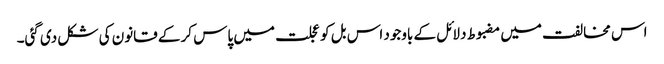
اس مخالفت میں مضبوط دلائل کے باوجود اس بل کو عجلت میں پاس کر کے قانون کی شکل دی گئی۔